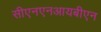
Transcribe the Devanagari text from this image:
सीएनएनआयबीएन